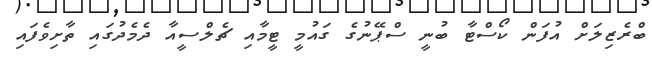
ބްރެޒިލަށް އުފަން ކޯސްޓާ ބުނީ ސްޕޭނުގެ ގައުމީ ޓީމާއި ޗެލްސީއާ ދެމެދުގައި ތާށިވެފައި